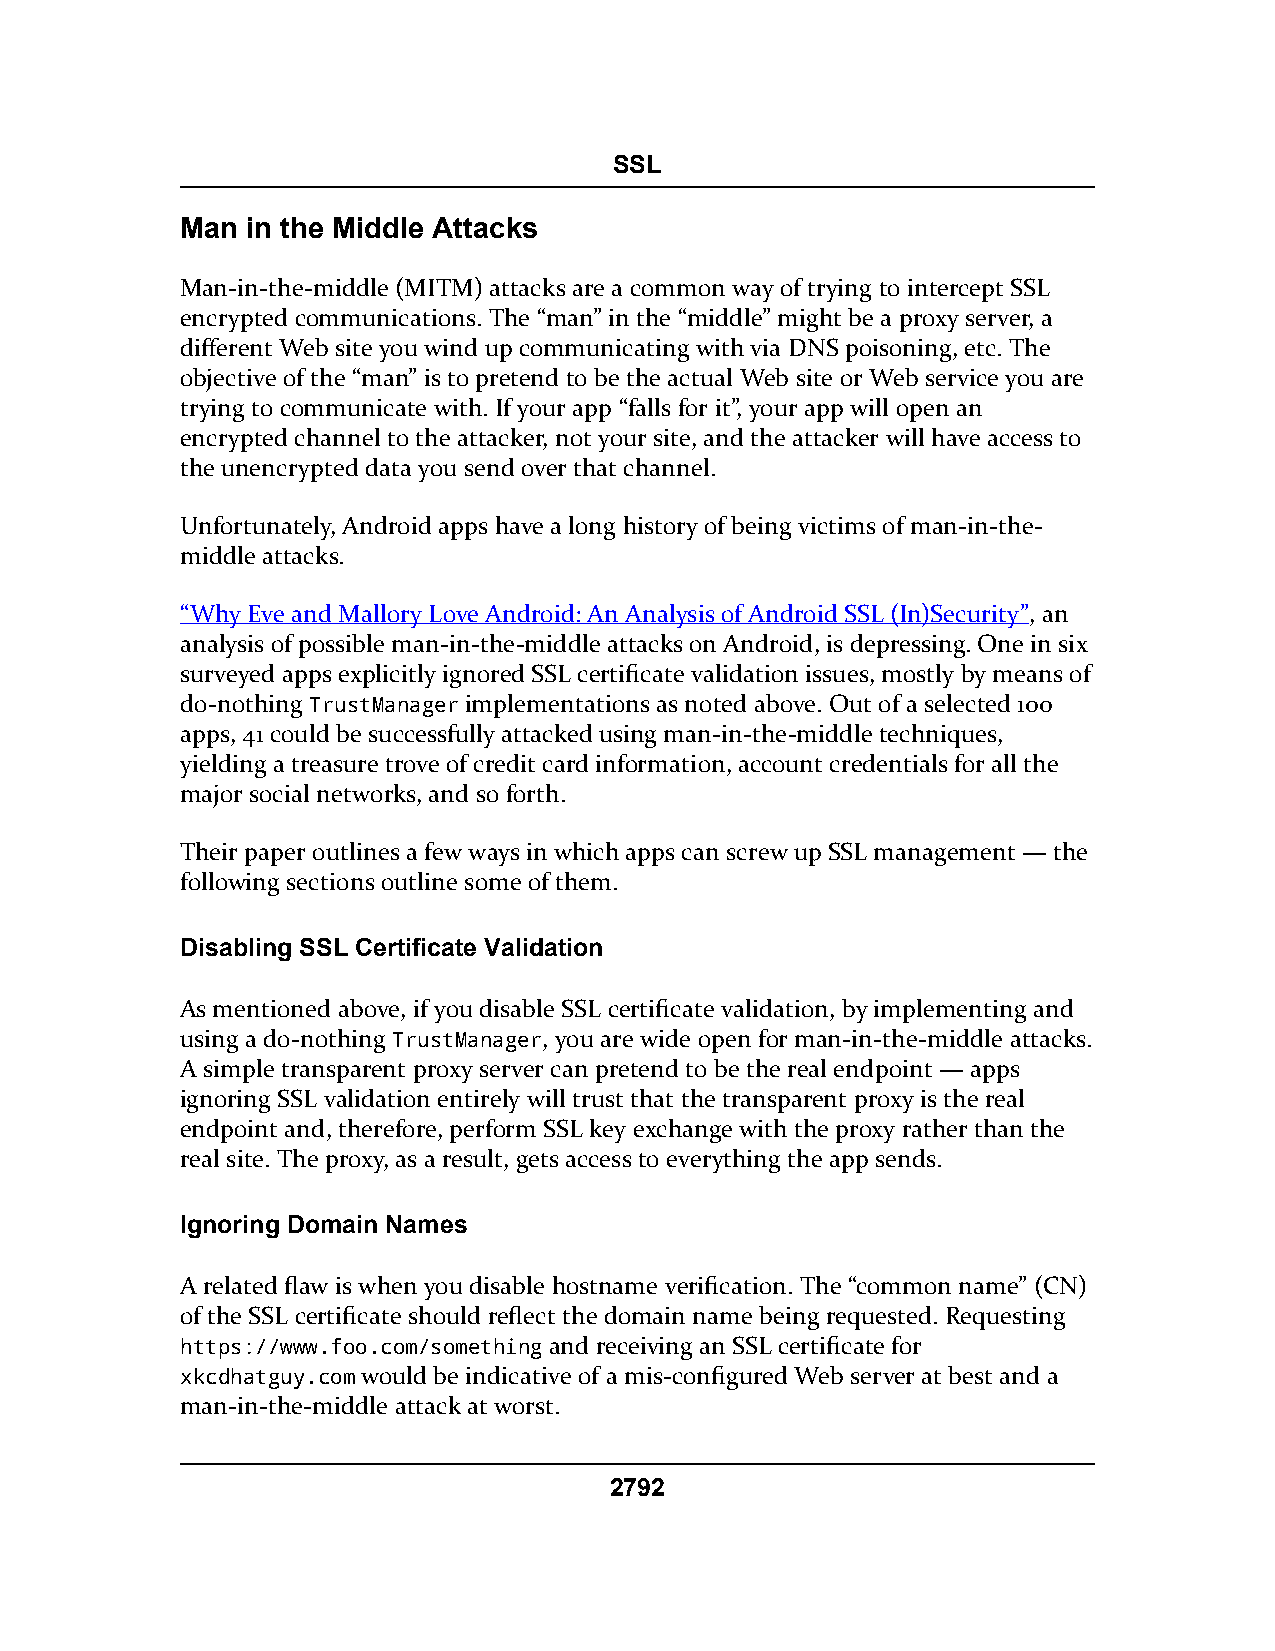
SSL
 Man in the Middle Attacks
 Man-in-the-middle (MITM) attacks are a common way of trying to intercept SSL
 encrypted communications. The “man” in the “middle” might be a proxy server, a
 different Web site you wind up communicating with via DNS poisoning, etc. The
 objective of the “man” is to pretend to be the actual Web site or Web service you are
 trying to communicate with. If your app “falls for it”, your app will open an
 encrypted channel to the attacker, not your site, and the attacker will have access to
 the unencrypted data you send over that channel.
 Unfortunately, Android apps have a long history of being victims of man-in-the-
 middle attacks.
 “Why Eve and Mallory Love Android: An Analysis of Android SSL (In)Security”, an
 analysis of possible man-in-the-middle attacks on Android, is depressing. One in six
 surveyed apps explicitly ignored SSL certificate validation issues, mostly by means of
 do-nothing TrustManager implementations as noted above. Out of a selected 100
 apps, 41 could be successfully attacked using man-in-the-middle techniques,
 yielding a treasure trove of credit card information, account credentials for all the
 major social networks, and so forth.
 Their paper outlines a few ways in which apps can screw up SSL management — the
 following sections outline some of them.
 Disabling SSL Certificate Validation
 As mentioned above, if you disable SSL certificate validation, by implementing and
 using a do-nothing TrustManager, you are wide open for man-in-the-middle attacks.
 A simple transparent proxy server can pretend to be the real endpoint — apps
 ignoring SSL validation entirely will trust that the transparent proxy is the real
 endpoint and, therefore, perform SSL key exchange with the proxy rather than the
 real site. The proxy, as a result, gets access to everything the app sends.
 Ignoring Domain Names
 A related flaw is when you disable hostname verification. The “common name” (CN)
 of the SSL certificate should reflect the domain name being requested. Requesting
 https://www.foo.com/something and receiving an SSL certificate for
 xkcdhatguy.com would be indicative of a mis-configured Web server at best and a
 man-in-the-middle attack at worst.
 2792